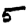
Digit: 5